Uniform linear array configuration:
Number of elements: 32
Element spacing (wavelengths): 1
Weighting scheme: blackman
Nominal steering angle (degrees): -60
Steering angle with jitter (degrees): -61.248
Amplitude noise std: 0.05
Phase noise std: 0.05

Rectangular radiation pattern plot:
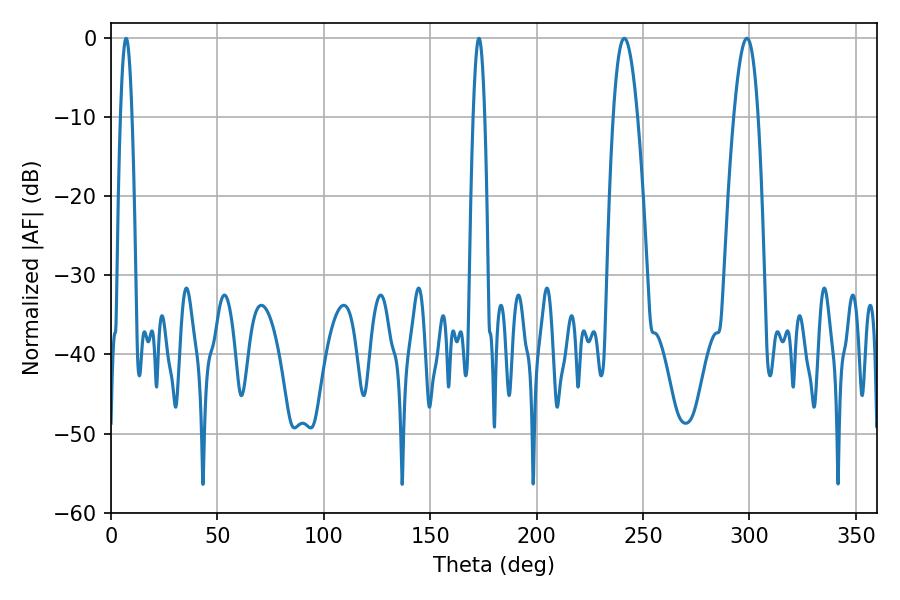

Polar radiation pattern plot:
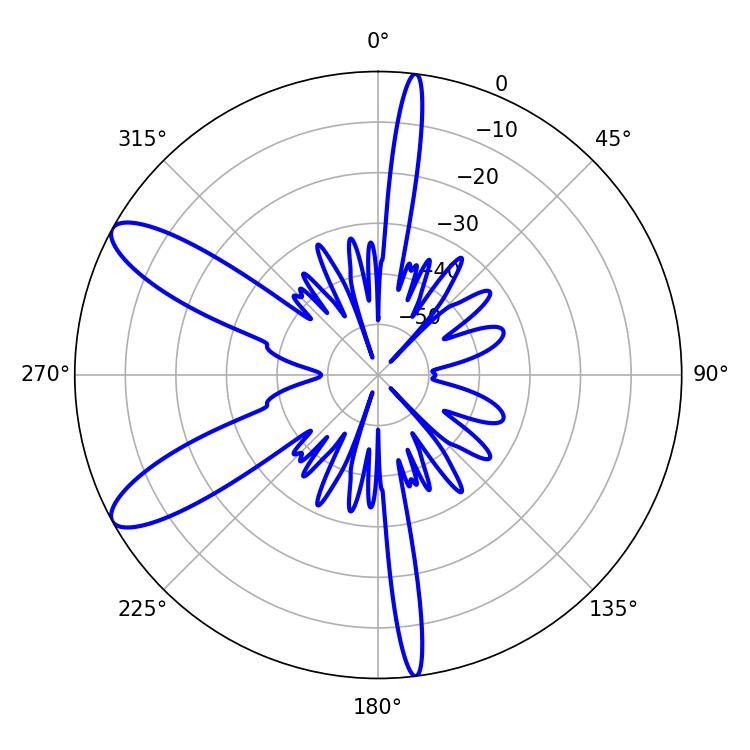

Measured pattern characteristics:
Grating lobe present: TRUE
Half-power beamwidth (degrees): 6.12
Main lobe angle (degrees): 241.2